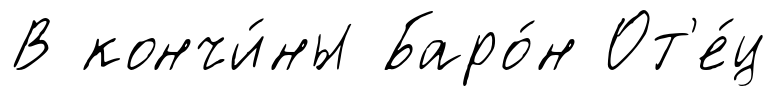
В кончи́ны Баро́н От'е́ц